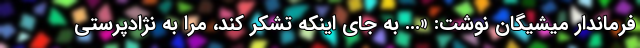
فرماندار میشیگان نوشت: «... به جای اینکه تشکر کند، مرا به نژادپرستی